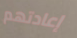
إعادتهم